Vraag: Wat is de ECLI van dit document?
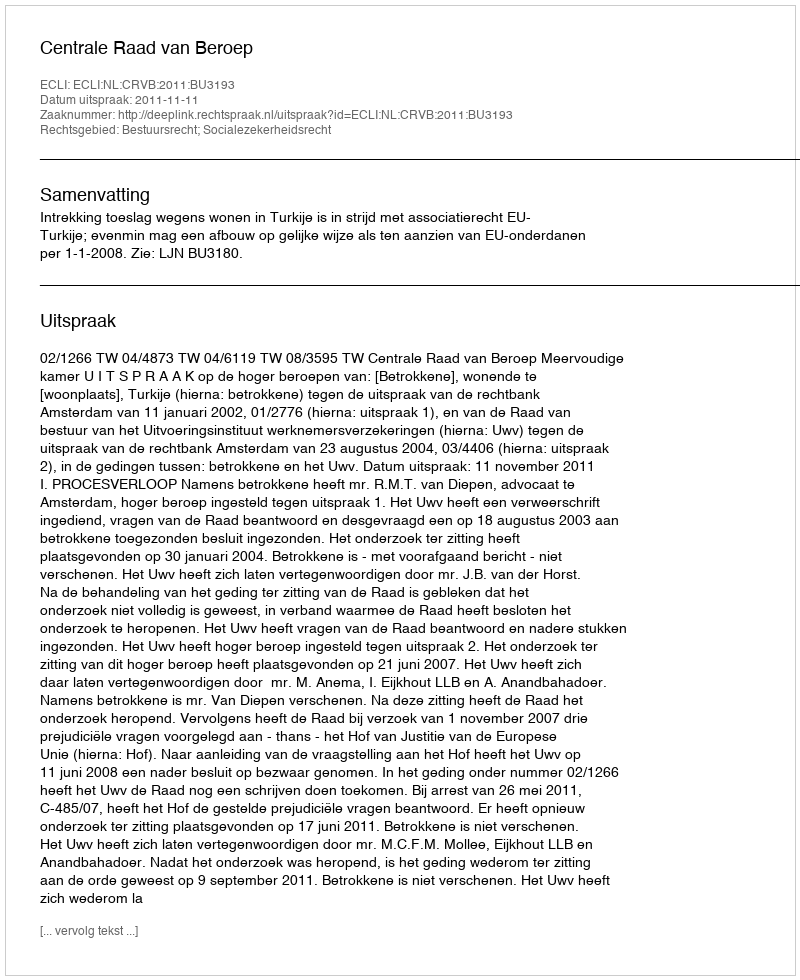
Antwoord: ECLI:NL:CRVB:2011:BU3193